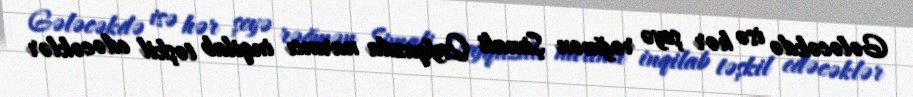
Gələcəkdə isə hər şeyə rəğmən Şimali Qafqazda narıncı inqilab təşkil edəcəklər